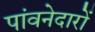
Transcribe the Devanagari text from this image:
पांवनेदारों